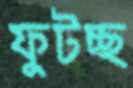
ফুটচ্ছ